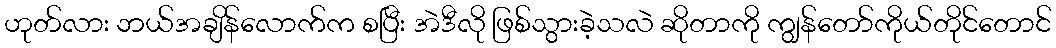
ဟုတ်လား ဘယ်အချိန်လောက်က စပြီး အဲဒီလို ဖြစ်သွားခဲ့သလဲ ဆိုတာကို ကျွန်တော်ကိုယ်တိုင်တောင်